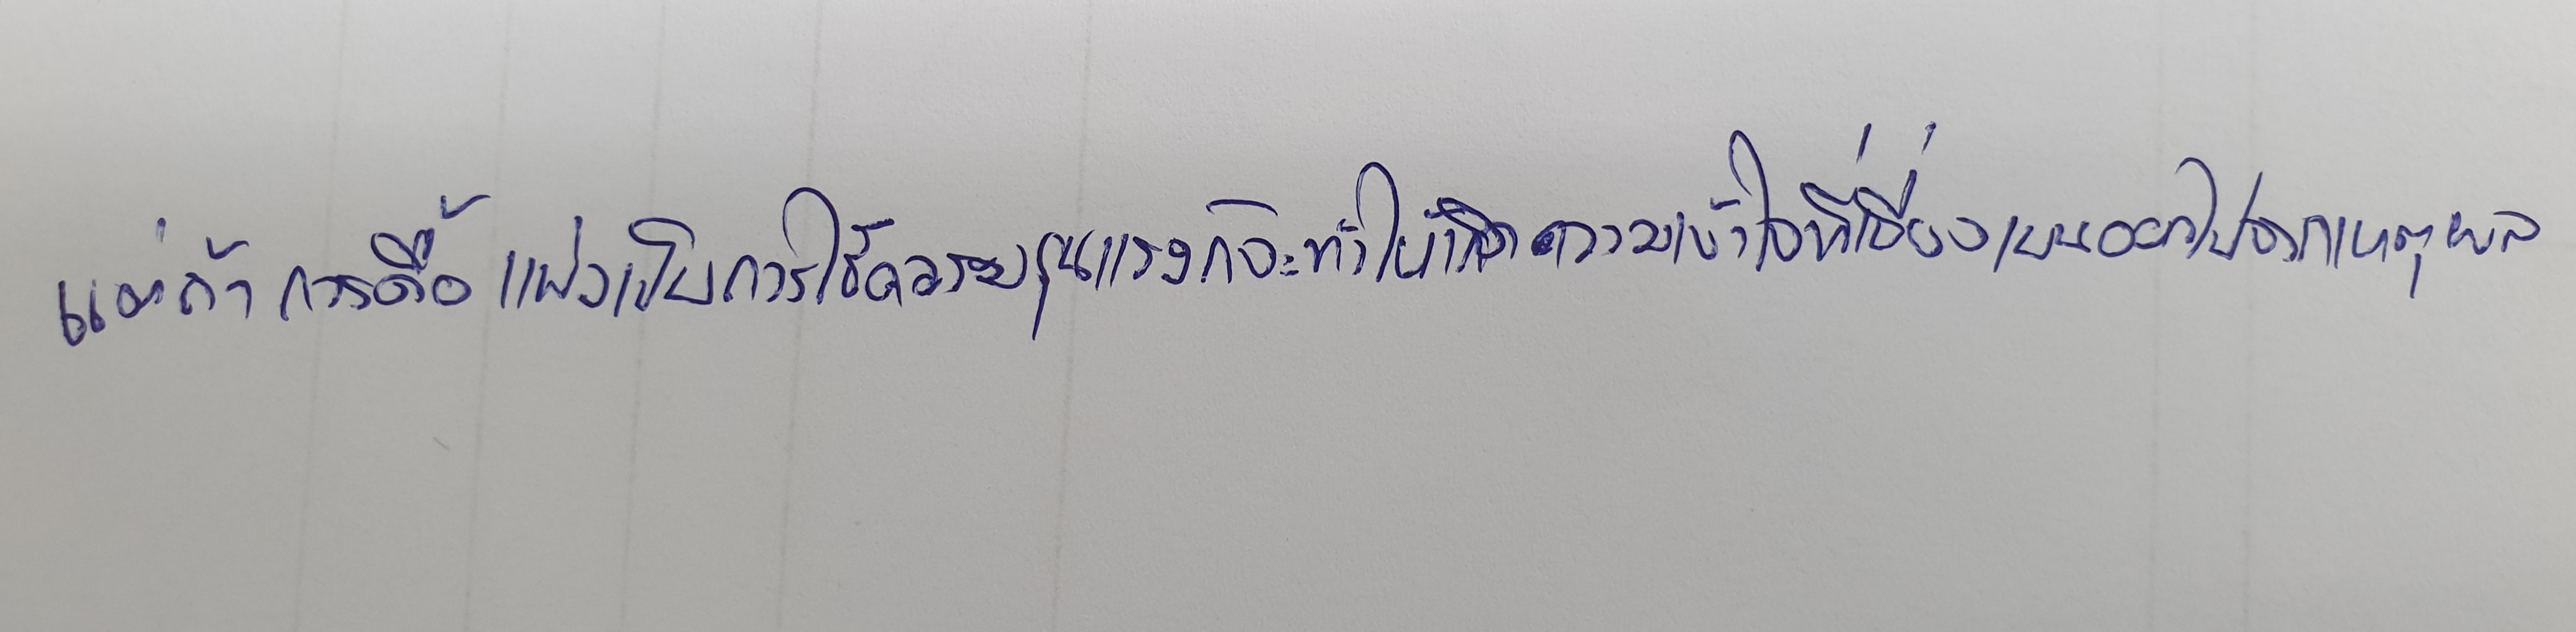
แต่ถ้าการดื้อแพ่งเป็นการใช้ความรุนแรงก็จะทำให้เกิดความเข้าใจที่เบี่ยงเบนออกไปจากเหตุผล